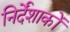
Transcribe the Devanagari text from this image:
निर्देंशाकों